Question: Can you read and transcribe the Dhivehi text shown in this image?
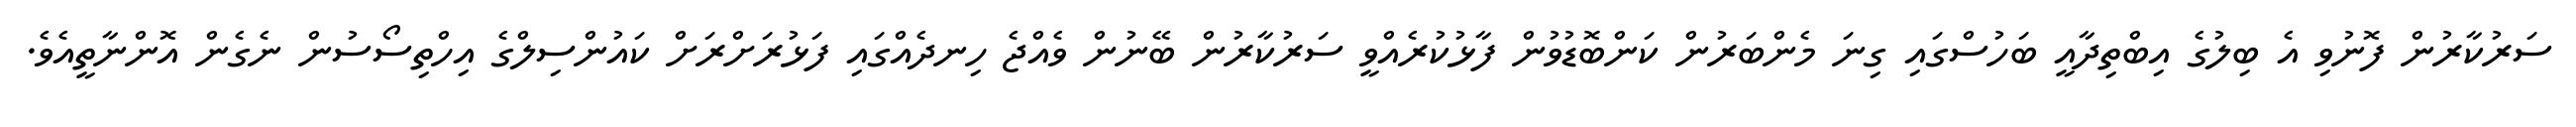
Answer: ސަރުކާރުން ފޮނުވި އެ ބިލުގެ އިބްތިދާއީ ބަހުސްގައި ގިނަ މެންބަރުން ކަންބޮޑުވުން ފާޅުކުރެއްވީ ސަރުކާރުން ބޭނުން ވެއްޖެ ހިނދެއްގައި ފަޅުރަށްރަށް ކައުންސިލްގެ އިހްތިސޯސުން ނެގެން އޮންނާތީއެވެ.